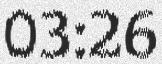
03:26